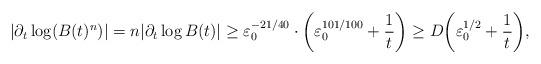
LaTeX: \begin{align*}|\partial_t\log (B(t)^n)|=n|\partial_t\log B(t)|\geq\varepsilon_0^{-21/40}\cdot\bigg(\varepsilon_0^{101/100}+\frac{1}{t}\bigg)\geq D\bigg(\varepsilon_0^{1/2}+\frac{1}{t}\bigg),\end{align*}